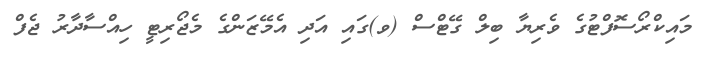
މައިކްރޯސޮފްޓުގެ ވެރިޔާ ބިލް ގޭޓްސް (ވ)ގައި އަދި އެމޭޒަންގެ މެޖޯރިޓީ ހިއްސާދާރު ޖެފް